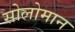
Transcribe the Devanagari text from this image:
सोलोमान